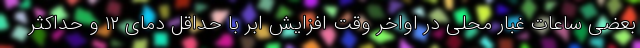
بعضی ساعات غبار محلی در اواخر وقت افزایش ابر با حداقل دمای ۱۲ و حداکثر